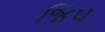
જિપ